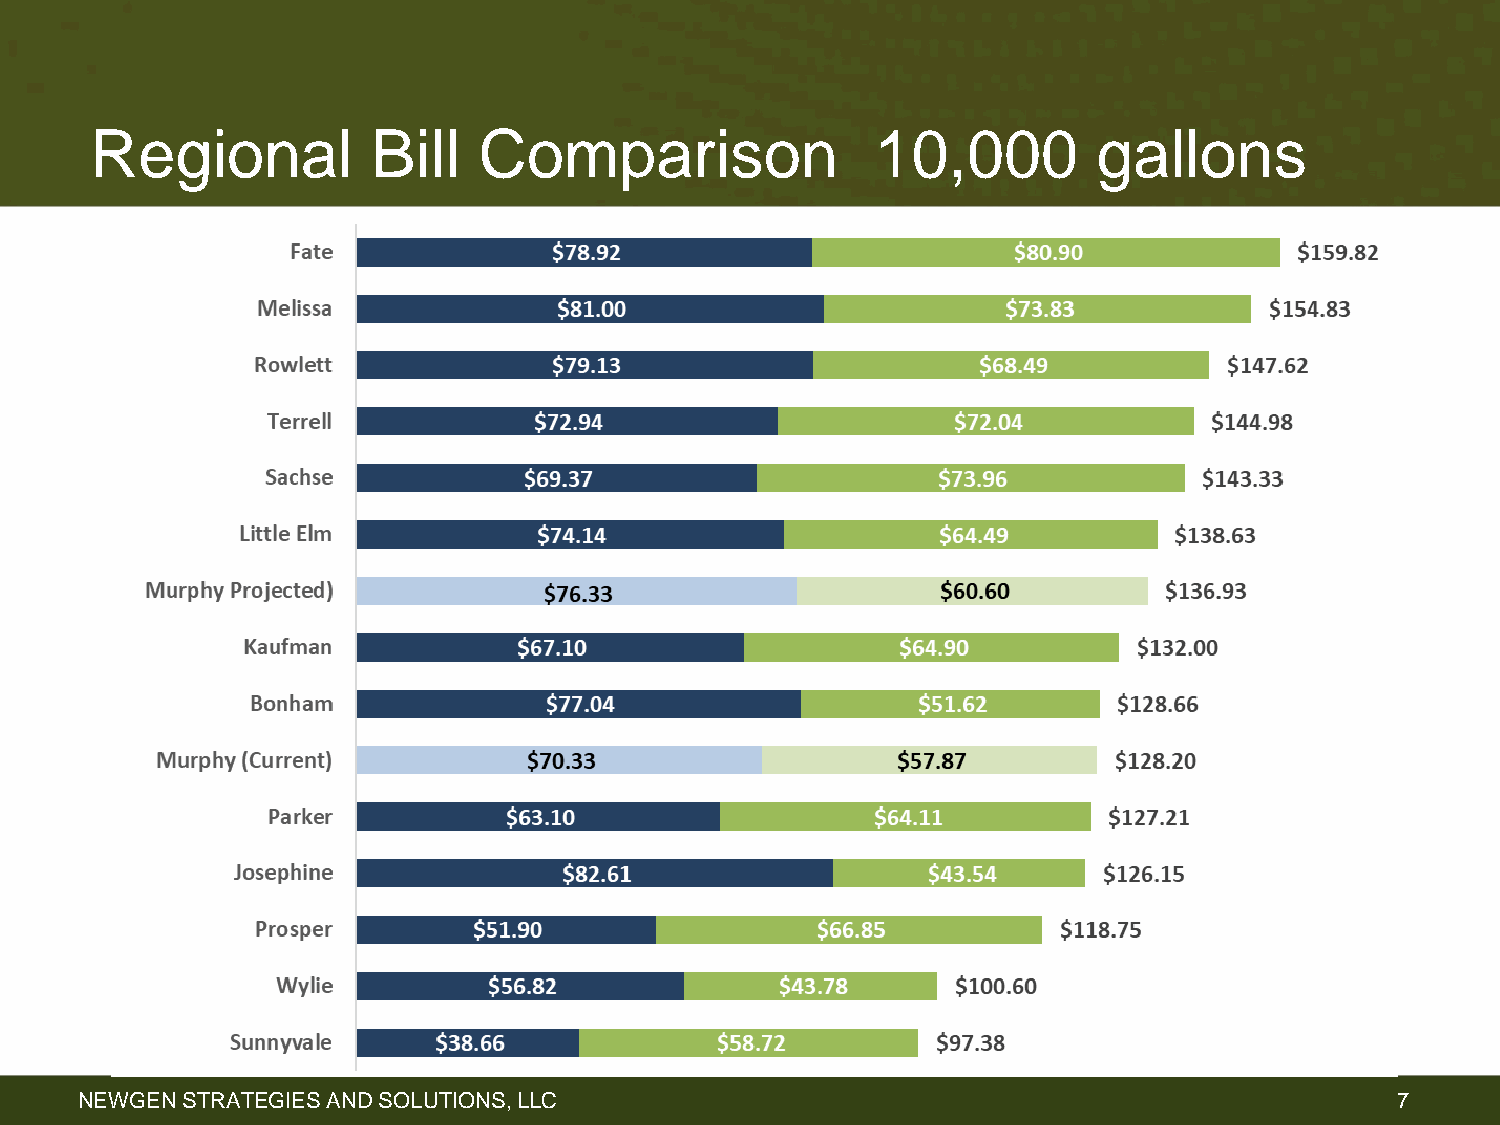
Regional           Bill   Comparison                10,000         gallons
 NEWGEN STRATEGIES AND SOLUTIONS, LLC                                                    7